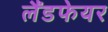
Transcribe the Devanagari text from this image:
लैंडफेयर